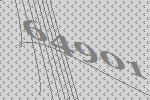
64901